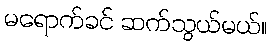
မရောက်ခင် ဆက်သွယ်မယ်။